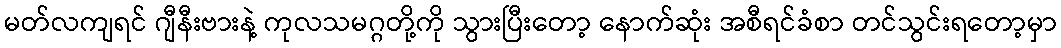
မတ်လကျရင် ဂျီနီးဗားနဲ့ ကုလသမဂ္ဂတို့ကို သွားပြီးတော့ နောက်ဆုံး အစီရင်ခံစာ တင်သွင်းရတော့မှာ